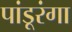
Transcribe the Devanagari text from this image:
पांडूरंगा